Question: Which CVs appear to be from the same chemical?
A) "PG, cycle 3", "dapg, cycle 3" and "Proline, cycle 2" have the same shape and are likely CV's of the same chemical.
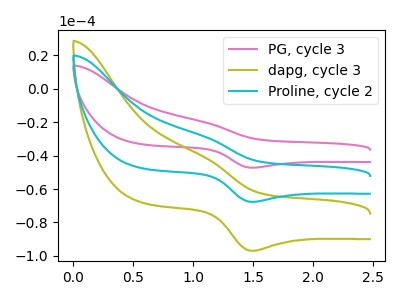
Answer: <think>The pink curve "PG, cycle 3" has an anodic peak at (1.10V, -20.05uA) and a cathodic peak at (1.50V, -47.25uA). The olive curve "dapg, cycle 3" has an anodic peak at (1.10V, -57.40uA) and a cathodic peak at (1.50V, -135.35uA). The cyan curve "Proline, cycle 2" has an anodic peak at (1.10V, -28.70uA) and a cathodic peak at (1.50V, -67.70uA).
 All the peaks in "PG, cycle 3" have a peak in "dapg, cycle 3" at the same potential. All the peaks in "PG, cycle 3" have a peak in "Proline, cycle 2" at the same potential. All the peaks in "dapg, cycle 3" have a peak in "Proline, cycle 2" at the same potential.</think>
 <answer>A) "PG, cycle 3", "dapg, cycle 3" and "Proline, cycle 2" have the same shape and are likely CV's of the same chemical.</answer>
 <eval>A</eval>